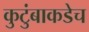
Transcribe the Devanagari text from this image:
कुटुंबाकडेच